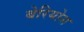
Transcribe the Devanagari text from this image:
बेरियोस